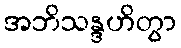
အဘိသန္ဒဟိတွာ